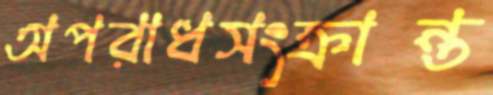
অপরাধসংক্রান্ত